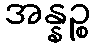
အန္နဉ္စ